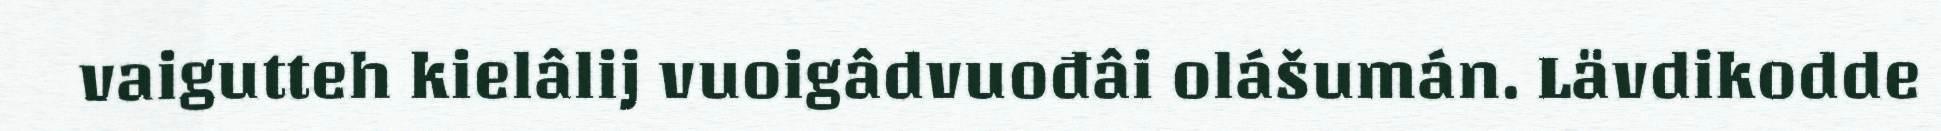
vaigutteh kielâlij vuoigâdvuođâi olášumán. Lävdikodde